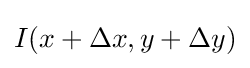
I(x+\Delta x,y+\Delta y)